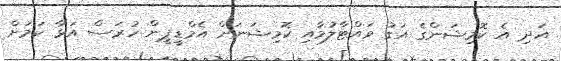
އަދި އެ ކޮމިޝަންގެ އަގު ވައްޓާލުމާއި ކޮމިޝަނަށް އެމްޑީޕީން ހުރަސް އަޅާ ކަމަށް